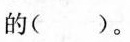
的( )。